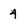
Character: 4